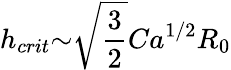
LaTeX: h_{crit}{\sim}\sqrt{\frac{3}{2}}Ca^{1/2}R_{0}